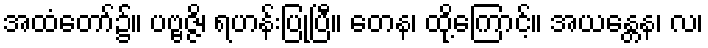
အထံတော်၌။ ပဗ္ဗဇ္ဇိ၊ ရဟန်းပြုပြီ။ တေန၊ ထို့ကြောင့်။ အယန္တေန၊ လ၊